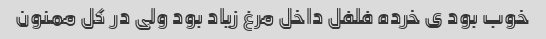
خوب بود ی خرده فلفل داخل مرغ زیاد بود ولی در کل ممنون